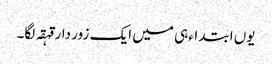
یوں ابتداءہی میں ایک زور دار قہقہ لگا۔